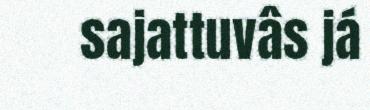
sajattuvâs já